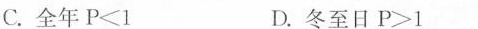
C.全年$$P<1$$ D.冬至日$$P>1$$